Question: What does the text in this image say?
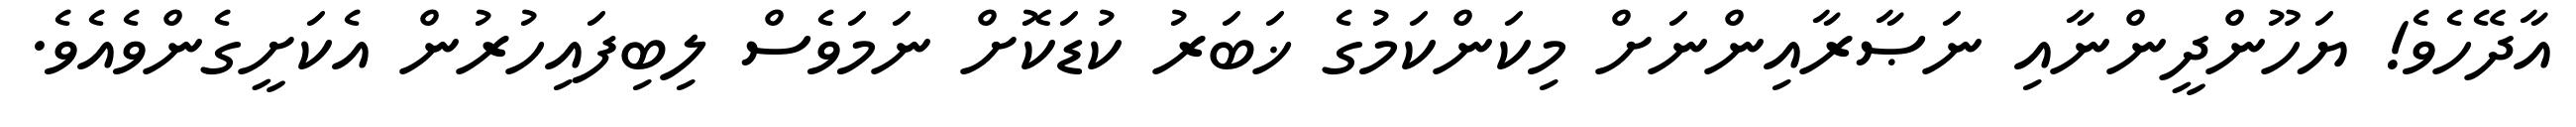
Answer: އާދޭހެވެ! ޔަހޫންދީންނާއި ނަޞާރާއިންނަށް މިކަންކަމުގެ ޚަބަރު ކުޑަކޮށް ނަމަވެސް ލިބިފައިހުރުން އެކަށީގެންވެއެވެ.